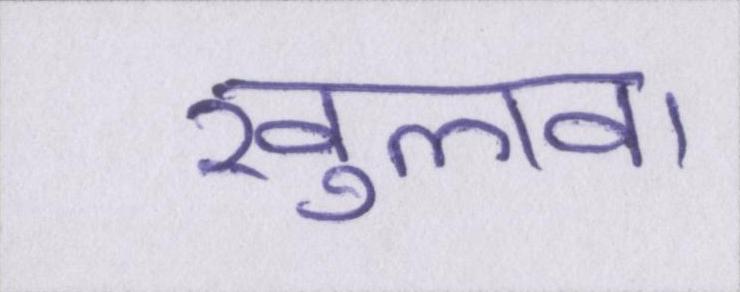
खुलवा